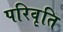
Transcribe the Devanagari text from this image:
परिवृति